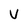
Character: V